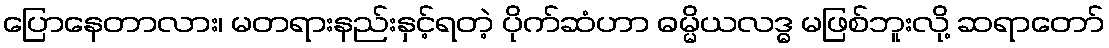
ပြောနေတာလား၊ မတရားနည်းနှင့်ရတဲ့ ပိုက်ဆံဟာ ဓမ္မိယလဒ္ဓ မဖြစ်ဘူးလို့ ဆရာတော်